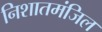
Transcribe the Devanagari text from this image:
निशातमंजिल